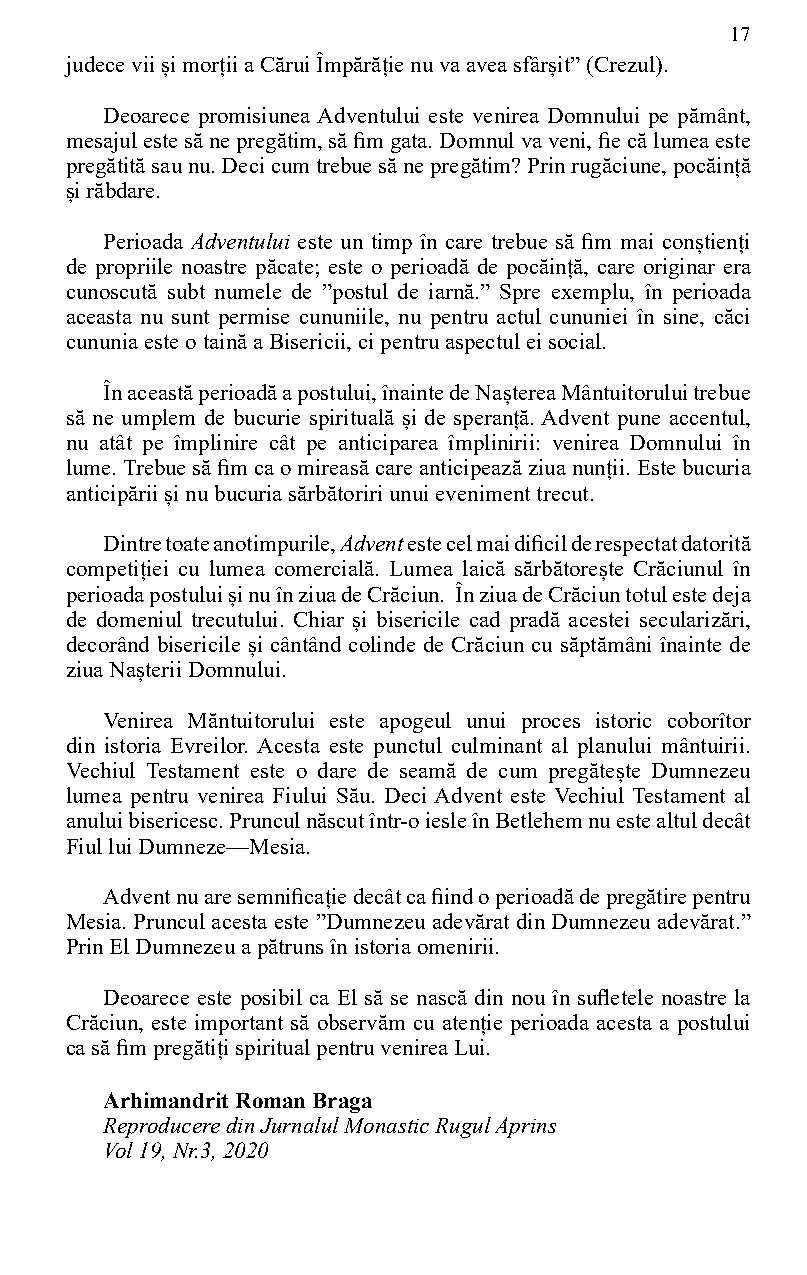
17
 judece vii și morții a Cărui Împărăție nu va avea sfârșit” (Crezul).
 Deoarece promisiunea Adventului este venirea Domnului pe pământ,
 mesajul este să ne pregătim, să fim gata. Domnul va veni, fie că lumea este
 pregătită sau nu. Deci cum trebue să ne pregătim? Prin rugăciune, pocăință
 și răbdare.
 Perioada Adventului este un timp în care trebue să fim mai conștienți
 de propriile noastre păcate; este o perioadă de pocăință, care originar era
 cunoscută subt numele de ”postul de iarnă.” Spre exemplu, în perioada
 aceasta nu sunt permise cununiile, nu pentru actul cununiei în sine, căci
 cununia este o taină a Bisericii, ci pentru aspectul ei social.
 În această perioadă a postului, înainte de Nașterea Mântuitorului trebue
 să ne umplem de bucurie spirituală și de speranță. Advent pune accentul,
 nu atât pe împlinire cât pe anticiparea împlinirii: venirea Domnului în
 lume. Trebue să fim ca o mireasă care anticipează ziua nunții. Este bucuria
 anticipării și nu bucuria sărbătoriri unui eveniment trecut.
 Dintre toate anotimpurile, Advent este cel mai dificil de respectat datorită
 competiției cu lumea comercială. Lumea laică sărbătorește Crăciunul în
 perioada postului și nu în ziua de Crăciun. În ziua de Crăciun totul este deja
 de domeniul trecutului. Chiar și bisericile cad pradă acestei secularizări,
 decorând bisericile și cântând colinde de Crăciun cu săptămâni înainte de
 ziua Nașterii Domnului.
 Venirea Măntuitorului este apogeul unui proces istoric coborîtor
 din istoria Evreilor. Acesta este punctul culminant al planului mântuirii.
 Vechiul Testament este o dare de seamă de cum pregătește Dumnezeu
 lumea pentru venirea Fiului Său. Deci Advent este Vechiul Testament al
 anului bisericesc. Pruncul născut într-o iesle în Betlehem nu este altul decât
 Fiul lui Dumneze—Mesia.
 Advent nu are semnificație decât ca fiind o perioadă de pregătire pentru
 Mesia. Pruncul acesta este ”Dumnezeu adevărat din Dumnezeu adevărat.”
 Prin El Dumnezeu a pătruns în istoria omenirii.
 Deoarece este posibil ca El să se nască din nou în sufletele noastre la
 Crăciun, este important să observăm cu atenție perioada acesta a postului
 ca să fim pregătiți spiritual pentru venirea Lui.
 Arhimandrit Roman Braga
 Reproducere din Jurnalul Monastic Rugul Aprins
 Vol 19, Nr.3, 2020